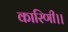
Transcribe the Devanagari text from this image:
कारिणी।।